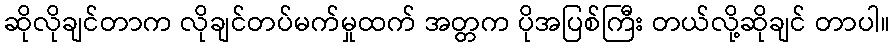
ဆိုလိုချင်တာက လိုချင်တပ်မက်မှုထက် အတ္တက ပိုအပြစ်ကြီး တယ်လို့ဆိုချင် တာပါ။